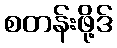
စတန်းဖို့ဒ်